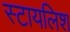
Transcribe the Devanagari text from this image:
स्टायलिश